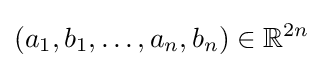
\left(a_{1},b_{1},\ldots ,a_{n},b_{n}\right)\in \mathbb {R} ^{2n}